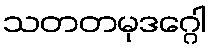
သတတမုဒဂ္ဂေါ